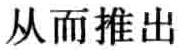
从而推出